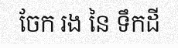
ចែក រង នៃ ទឹកដី